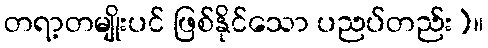
တရာ့တမျိုးပင် ဖြစ်နိုင်သော ပညပ်တည်း)။